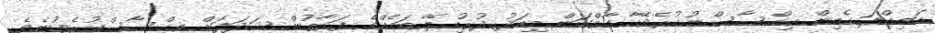
އަމިއްލަ ގެއިން އިޙްސާސްނުކުރެވޭހާ ގާތްކަން މިއަދު ދުރުހިލޭ ބައެއްގެ ފަރާތުން ޝަދަފަށް އިޙްސާސްކުރެވުނެވެ.